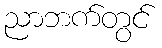
ညာဘက်တွင်